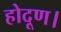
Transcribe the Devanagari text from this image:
होदूण।